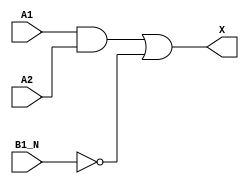
`timescale 1ps/1ps
module cell_a21bo
(
    input wire A1,
    input wire A2,
    input wire B1_N,
    output wire X
);
    assign X = ((A1 & A2) | !B1_N);
endmodule